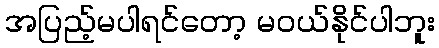
အပြည့်မပါရင်တော့ မဝယ်နိုင်ပါဘူး